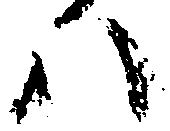
ハ